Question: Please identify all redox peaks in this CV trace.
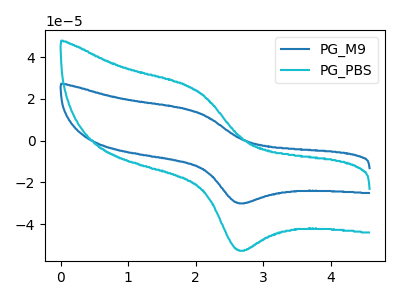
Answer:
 <answer>The blue curve "PG_M9" has an anodic peak at (2.00V, 13.75uA) and a cathodic peak at (2.65V, -29.85uA). The cyan curve "PG_PBS" has an anodic peak at (2.00V, 24.10uA) and a cathodic peak at (2.65V, -52.35uA).</answer>
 <eval></eval>